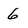
Character: 6